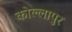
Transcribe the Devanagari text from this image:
कोल्लापुर